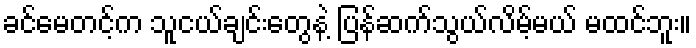
ခင်မေတင့်က သူငယ်ချင်းတွေနဲ့ ပြန်ဆက်သွယ်လိမ့်မယ် မထင်ဘူး။